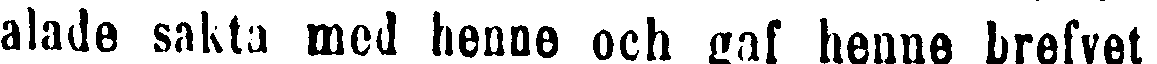
alade sakta med henne och gaf henne brefvet